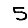
Digit: 5